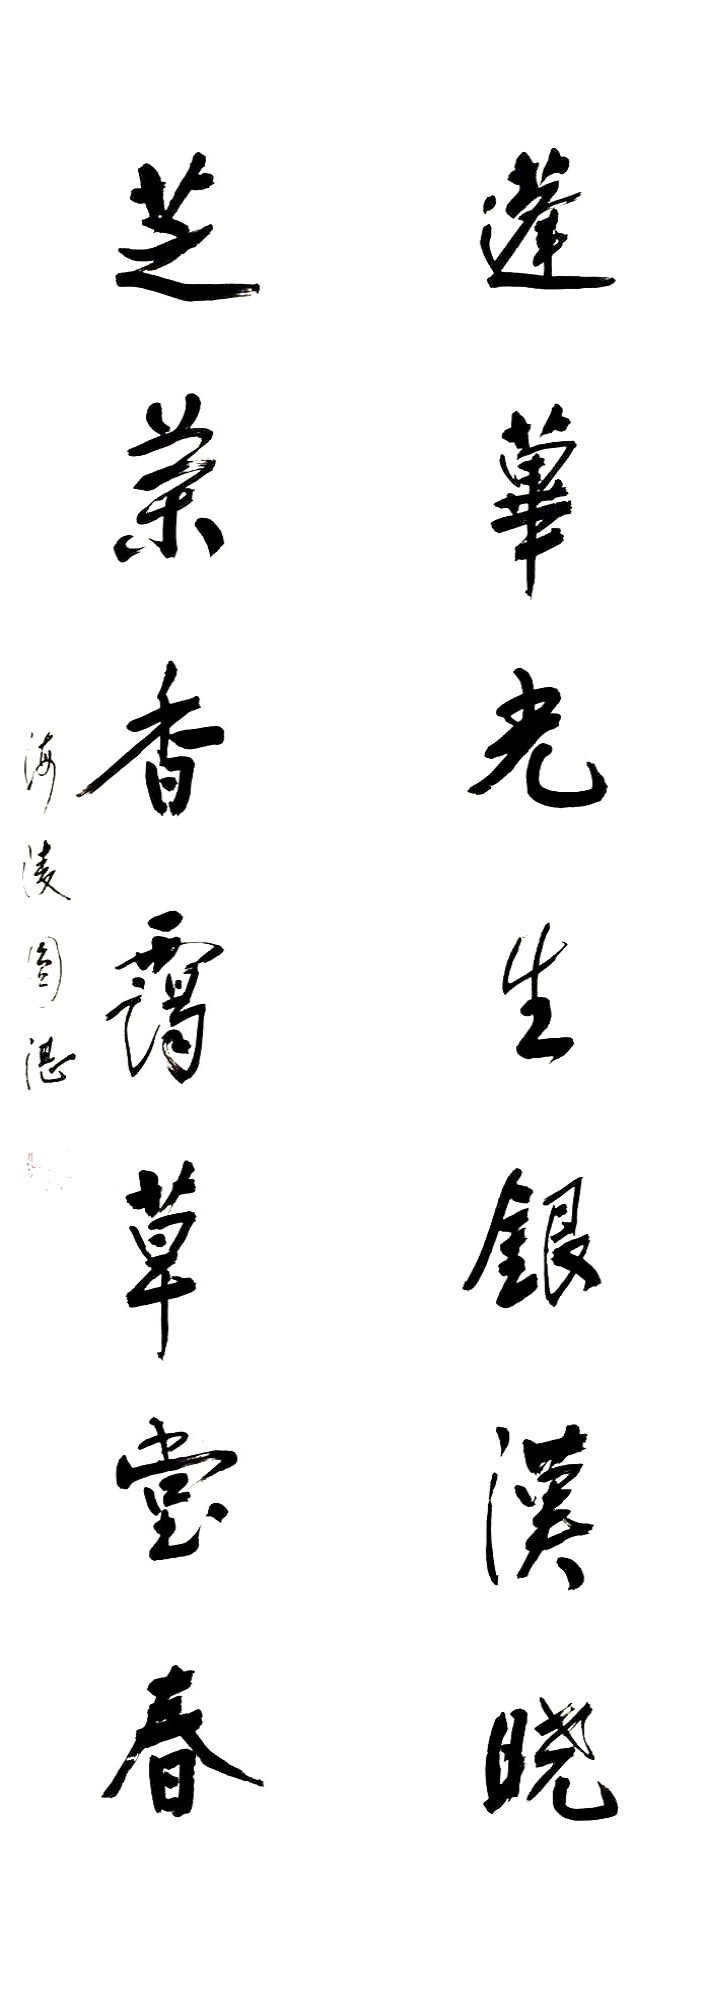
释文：蓬荜光生银汉晓，芝兰香霭草堂春。海陵圆湛。